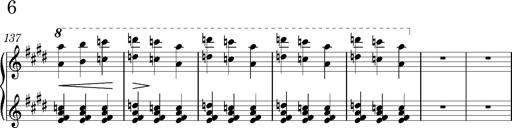
Title: Valses oubliÃ©es
Composer: Franz Liszt